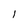
Character: l